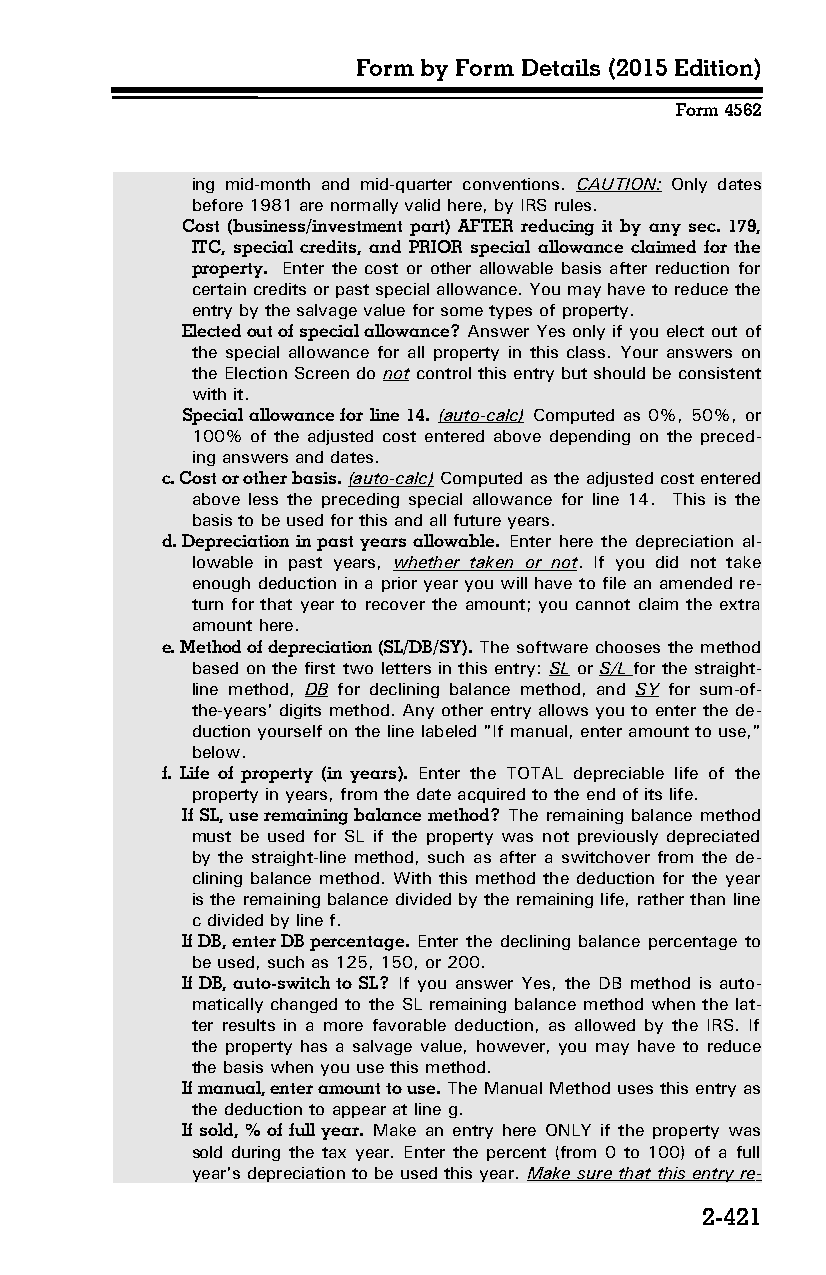
Form by Form Details (2015 Edition)
 Form 4562
 ing mid-month and mid-quarter conventions. CAUTION: Only dates
 before 1981 are normally valid here, by IRS rules.
 Cost (business/investment part) AFTER reducing it by any sec. 179,
 ITC, special credits, and PRIOR special allowance claimed for the
 property. Enter the cost or other allowable basis after reduction for
 certain credits or past special allowance. You may have to reduce the
 entry by the salvage value for some types of property.
 Elected out of special allowance? Answer Yes only if you elect out of
 the special allowance for all property in this class. Your answers on
 the Election Screen do not control this entry but should be consistent
 with it.
 Special allowance for line 14. (auto-calc) Computed as 0%, 50%, or
 100% of the adjusted cost entered above depending on the preced­
 ing answers and dates.
 c. Cost or other basis. (auto-calc) Computed as the adjusted cost entered
 above less the preceding special allowance for line 14. This is the
 basis to be used for this and all future years.
 d. Depreciation in past years allowable. Enter here the depreciation al­
 lowable in past years, whether taken or not. If you did not take
 enough deduction in a prior year you will have to file an amended re­
 turn for that year to recover the amount; you cannot claim the extra
 amount here.
 e. Method of depreciation (SL/DB/SY). The software chooses the method
 based on the first two letters in this entry: SL or S/L for the straight-
 line method, DB for declining balance method, and SY for sum-of-
 the-years' digits method. Any other entry allows you to enter the de­
 duction yourself on the line labeled "If manual, enter amount to use,"
 below.
 f. Life of property (in years). Enter the TOTAL depreciable life of the
 property in years, from the date acquired to the end of its life.
 If SL, use remaining balance method? The remaining balance method
 must be used for SL if the property was not previously depreciated
 by the straight-line method, such as after a switchover from the de­
 clining balance method. With this method the deduction for the year
 is the remaining balance divided by the remaining life, rather than line
 c divided by line f.
 If DB, enter DB percentage. Enter the declining balance percentage to
 be used, such as 125, 150, or 200.
 If DB, auto-switch to SL? If you answer Yes, the DB method is auto­
 matically changed to the SL remaining balance method when the lat­
 ter results in a more favorable deduction, as allowed by the IRS. If
 the property has a salvage value, however, you may have to reduce
 the basis when you use this method.
 If manual, enter amount to use. The Manual Method uses this entry as
 the deduction to appear at line g.
 If sold, % of full year. Make an entry here ONLY if the property was
 sold during the tax year. Enter the percent (from 0 to 100) of a full
 year's depreciation to be used this year. Make sure that this entry re­
 2-421